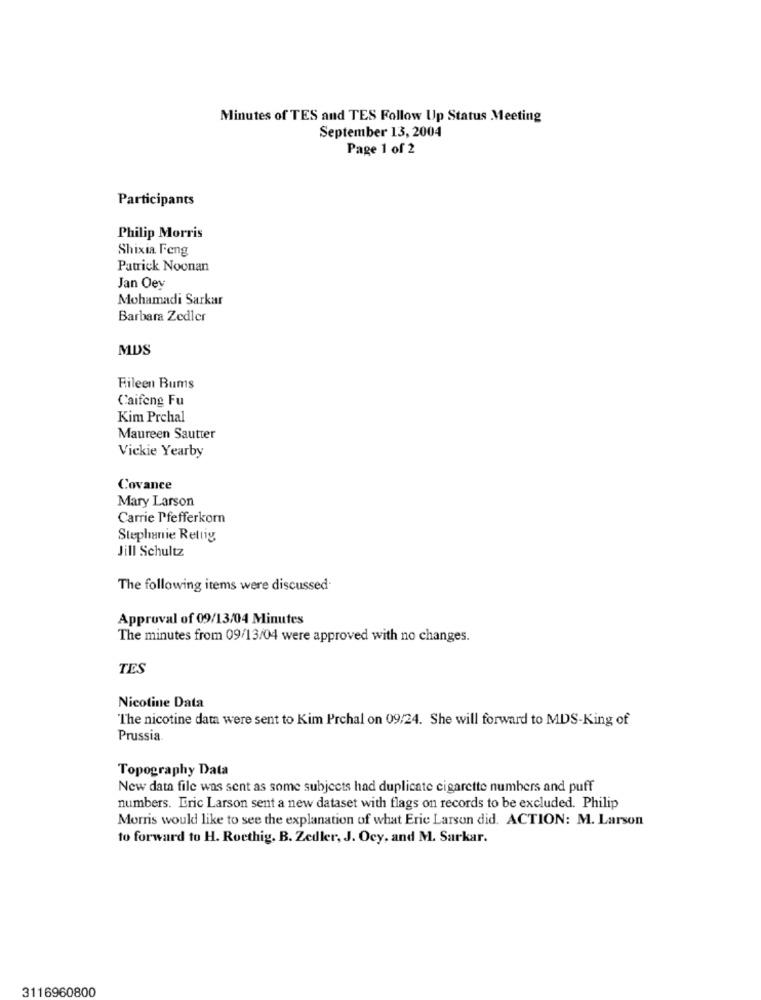
Minutes of TES and TES Follow Up Status Meeting
September 13, 2004
Page 1 of 2
Participants
Philip Morris
Shixia Feng
Patrick Noonan
Jan Oey
Mohamadi Sarkar
Barbara Zedler
MDS
Fileen Bums
Caifeng Fu
Kim Prchal
Maureen Sautter
Vickie Yearby
Covance
Mary Larson
Carrie Pfefferkorn
Stephanie Rettig
Jill Schultz
The following items were discussed.
Approval of 09/13/04 Minutes
The minutes from 09/13/04 were approved with no changes.
TES
Nicotine Data
"The nicotine data were sent to Kim Prchal on 09/24. She will forward to MDS-King of
Prussia
Topography Data
New data file was sent as some subjects had duplicate cigarette numbers and puff
numbers. Eric Larson sent a new dataset with flags on records to be excluded. Philip
Morris would like to see the explanation of what Erie Larson did. ACTION: M. Larson
to forward to H. Rocthig. B. Zedler, J. Ocy, and M. Sarkar.
3116960800